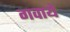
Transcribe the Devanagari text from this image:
गवाये